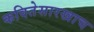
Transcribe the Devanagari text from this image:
कवितेसारखाच